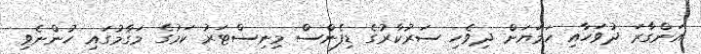
އަންގާރަ ދުވަހާއި ހަމަޔަށް ދިވެހި ސަރުކާރުގެ ޑިފެންސް މިނިސްޓަރު ކަމުގެ މަގާމުގައި ހުންނެވި